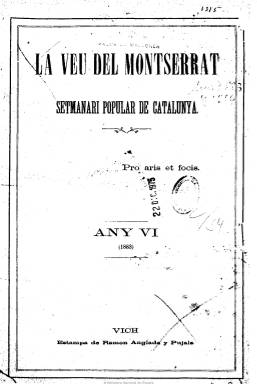
Título: La Veu del Montserrat
Colección: Revistas de información general
Ámbito geográfico: Barcelona
Lugar de publicación: Vich [Barcelona]
Fechas: 06/01/1883-11/12/1886

Subtitulado como “setmanari popular de Catalunya” y con el lema salustiano “Pro Aris et Focis”, se autodefinía como revista de carácter pastoral y fue escrita completamente en lengua catalana, siendo un importante instrumento militante y de combate del catalanismo católico conservador y tradicionalista, del que, sobre todo en sus primeros doce años y mientras no rompió con la jerarquía eclesiástica, Jacinto Verdaguer (1845-1902) dispuso como si fuera su órgano de expresión personal, escribiendo gran cantidad de trabajos de carácter literario tanto en prosa como en verso o reportajes de viajes. El canónigo Jaume Collell (1846-1932), amigo y confidente del poeta, fue el director de la publicación hasta 1890, momento este en que muchos colaboradores de su primera época abandonan la publicación que, al mismo tiempo, pierde también su carácter político, continuando con sus contenidos de tipo cultural.

La veu… nace en un momento de fuertes polémicas entre sectores católicos, incluido el carlista, y mantuvo violentas polémicas con el  radical-liberal Diari Catalá (1979), primer diario redactado íntegramente en catalán, y el Centro Catalá, de Valentí Almirall (1841-1904), representante del republicanismo catalanista. Desde sus páginas serán impulsadas numerosas campañas de corte regionalista, como la del milenario de Montserrat (1880), la restauración del monasterio de Ripoll (1886), la del Museo Arqueológico Municipal de Vic, o la de defensa del derecho catalán y la del uso de la lengua catalana.

En el se dieron cita los integrantes de lo que se ha denominado Escuela de Vich, formada por eclesiásticos, además de los citados  Verdaguer y Collell, por Josep Torras i Bages, Eduardo Llanas, Manel Milà y Fontanals, Tomás Gucona, Joan Valls Sabat, Josep Maria Valls i Vicens, Joaquin Cabot y Rovira, Lluis B. Nadal, Francesc Masferrer o Josep Gudiol.

Además de las editoriales y artículos de fondo, contó con secciones como Crónica religiosa, Dietari del Principat, Quinzena barcelonina, Correu nacional y extranger, Varietats, Bibliografía y folletín.

De ocho páginas, a partir de 1990 se convierte en mensual. Al comienzo de cada año o tomo contiene un índice.